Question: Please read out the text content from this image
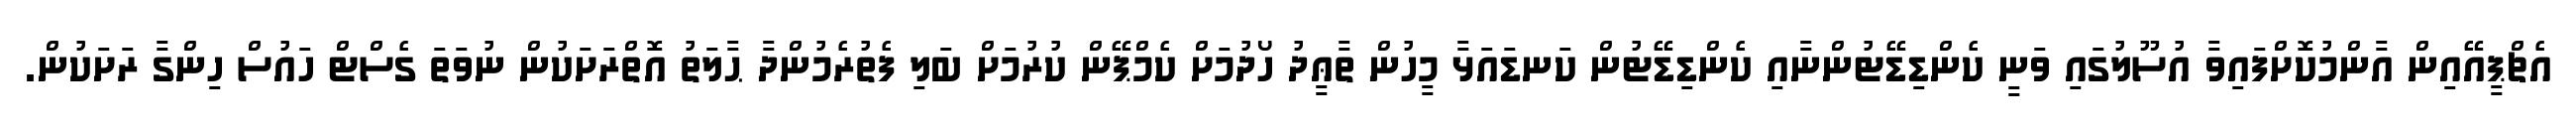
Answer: އެޗްޕީއޭއިން އާންމުކޮށްފައިވާ އުސޫލުގައި ވަނީ ކެންޑިޑޭޓުންނާއި ކެންޑިޑޭޓުން ކަނޑައަޅާ މީހުން ތާޢީދު ހޯދުމަށް ކެމްޕޭން ކުރުމަށް ބަލި ފެތުރެމުންދާ ޙާލަތު އޮތްރަށަކުން ނުވަތަ ގެސްޓް ހައުސް ހިންގާ ރަށަކުން.